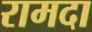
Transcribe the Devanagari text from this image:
रामदा